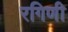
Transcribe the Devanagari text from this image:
रगिणी